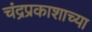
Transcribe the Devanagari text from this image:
चंद्रप्रकाशाच्या